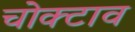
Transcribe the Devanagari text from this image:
चोक्टाव